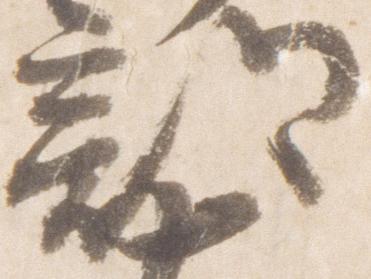
部